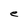
Character: e